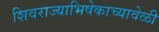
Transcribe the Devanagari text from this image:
शिवराज्याभिषेकाच्यावेळी